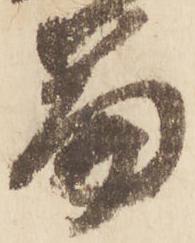
篇